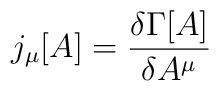
j_{\mu}[A] = \frac{\delta\Gamma[A]}{\delta A^{\mu}}